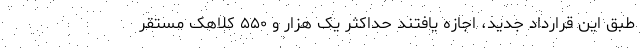
طبق این قرارداد جدید، اجازه یافتند حداکثر یک هزار و ۵۵۰ کلاهک مستقر